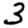
Digit: 3